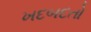
ખદબદતો